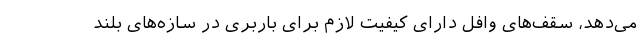
می‌دهد، سقف‌های وافل دارای کیفیت لازم برای باربری در سازه‌های بلند